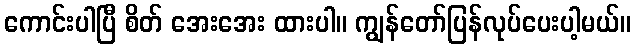
ကောင်းပါပြီ စိတ် အေးအေး ထားပါ။ ကျွန်တော်ပြန်လုပ်ပေးပါ့မယ်။